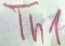
Text: Th1